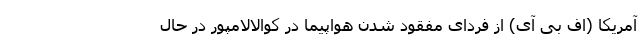
آمریکا (اف بی آی) از فردای مفقود شدن هواپیما در کوالالامپور در حال